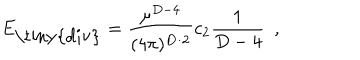
LaTeX: E _ { \mathrm { \tiny { d i v } } } = { \frac { \mu ^ { D - 4 } } { ( 4 \pi ) ^ { D / 2 } } } c _ { 2 } { \frac { 1 } { D - 4 } } ~ ~ ,